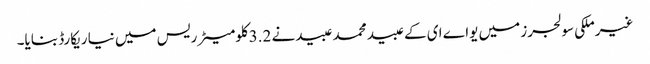
غیرملکی سولجرز میں یواے ای کے عبید محمد عبیدنے 3.2کلومیٹر ریس میں نیا ریکارڈ بنایا۔